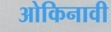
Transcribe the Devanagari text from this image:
ओकिनावी